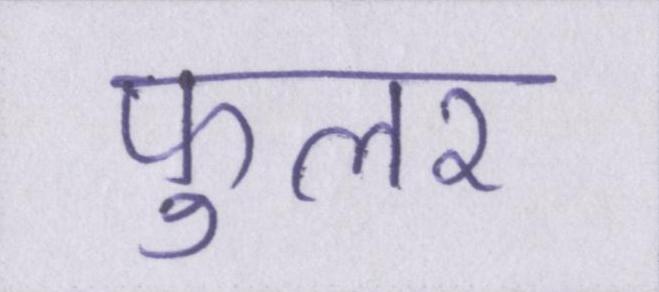
फुलर